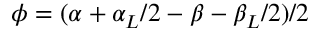
\phi = ( \alpha + \alpha _ { L } / 2 - \beta - \beta _ { L } / 2 ) / 2